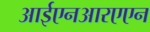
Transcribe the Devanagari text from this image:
आईएनआरएएन